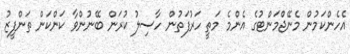
އެހެންކަމުން މެނޭޖްމަންޓުގެ އެންމެ މަތީ ހަރުފަތުން ހާސިލު ކުރަން ބޭނުންވާ ކަންކަން ތަންފީޒު